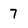
Character: 7